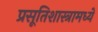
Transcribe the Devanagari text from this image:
प्रसूतिशास्त्रामध्ये